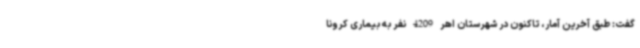
گفت: طبق آخرین آمار، تاکنون در شهرستان اهر 4209 نفر به بیماری کرونا